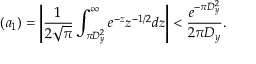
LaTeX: ( a _ { 1 } ) = \left| { \frac { 1 } { 2 { \sqrt { \pi } } } } \int _ { \pi D _ { y } ^ { 2 } } ^ { \infty } e ^ { - z } z ^ { - 1 / 2 } d z \right| < { \frac { e ^ { - \pi D _ { y } ^ { 2 } } } { 2 \pi D _ { y } } } .